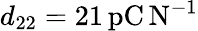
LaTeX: d_{22}=21\, \mathrm{pC\, N^{-1}}